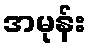
အမုန်း